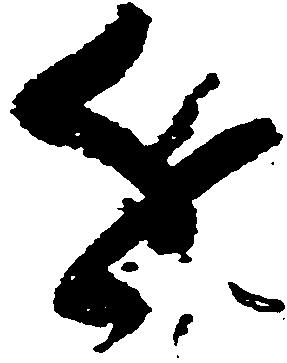
近